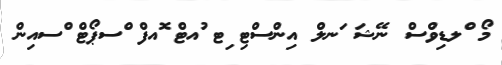
މޯ ްލޑިވްސް ނޭޝަ ަނލް އިންސްޓި ިޓ ުއޓް ޮއފް ްސޕޯޓް ްސއިން